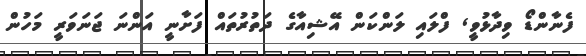
ފެނާންޑޯ ވިދާޅުވީ